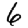
Digit: 6